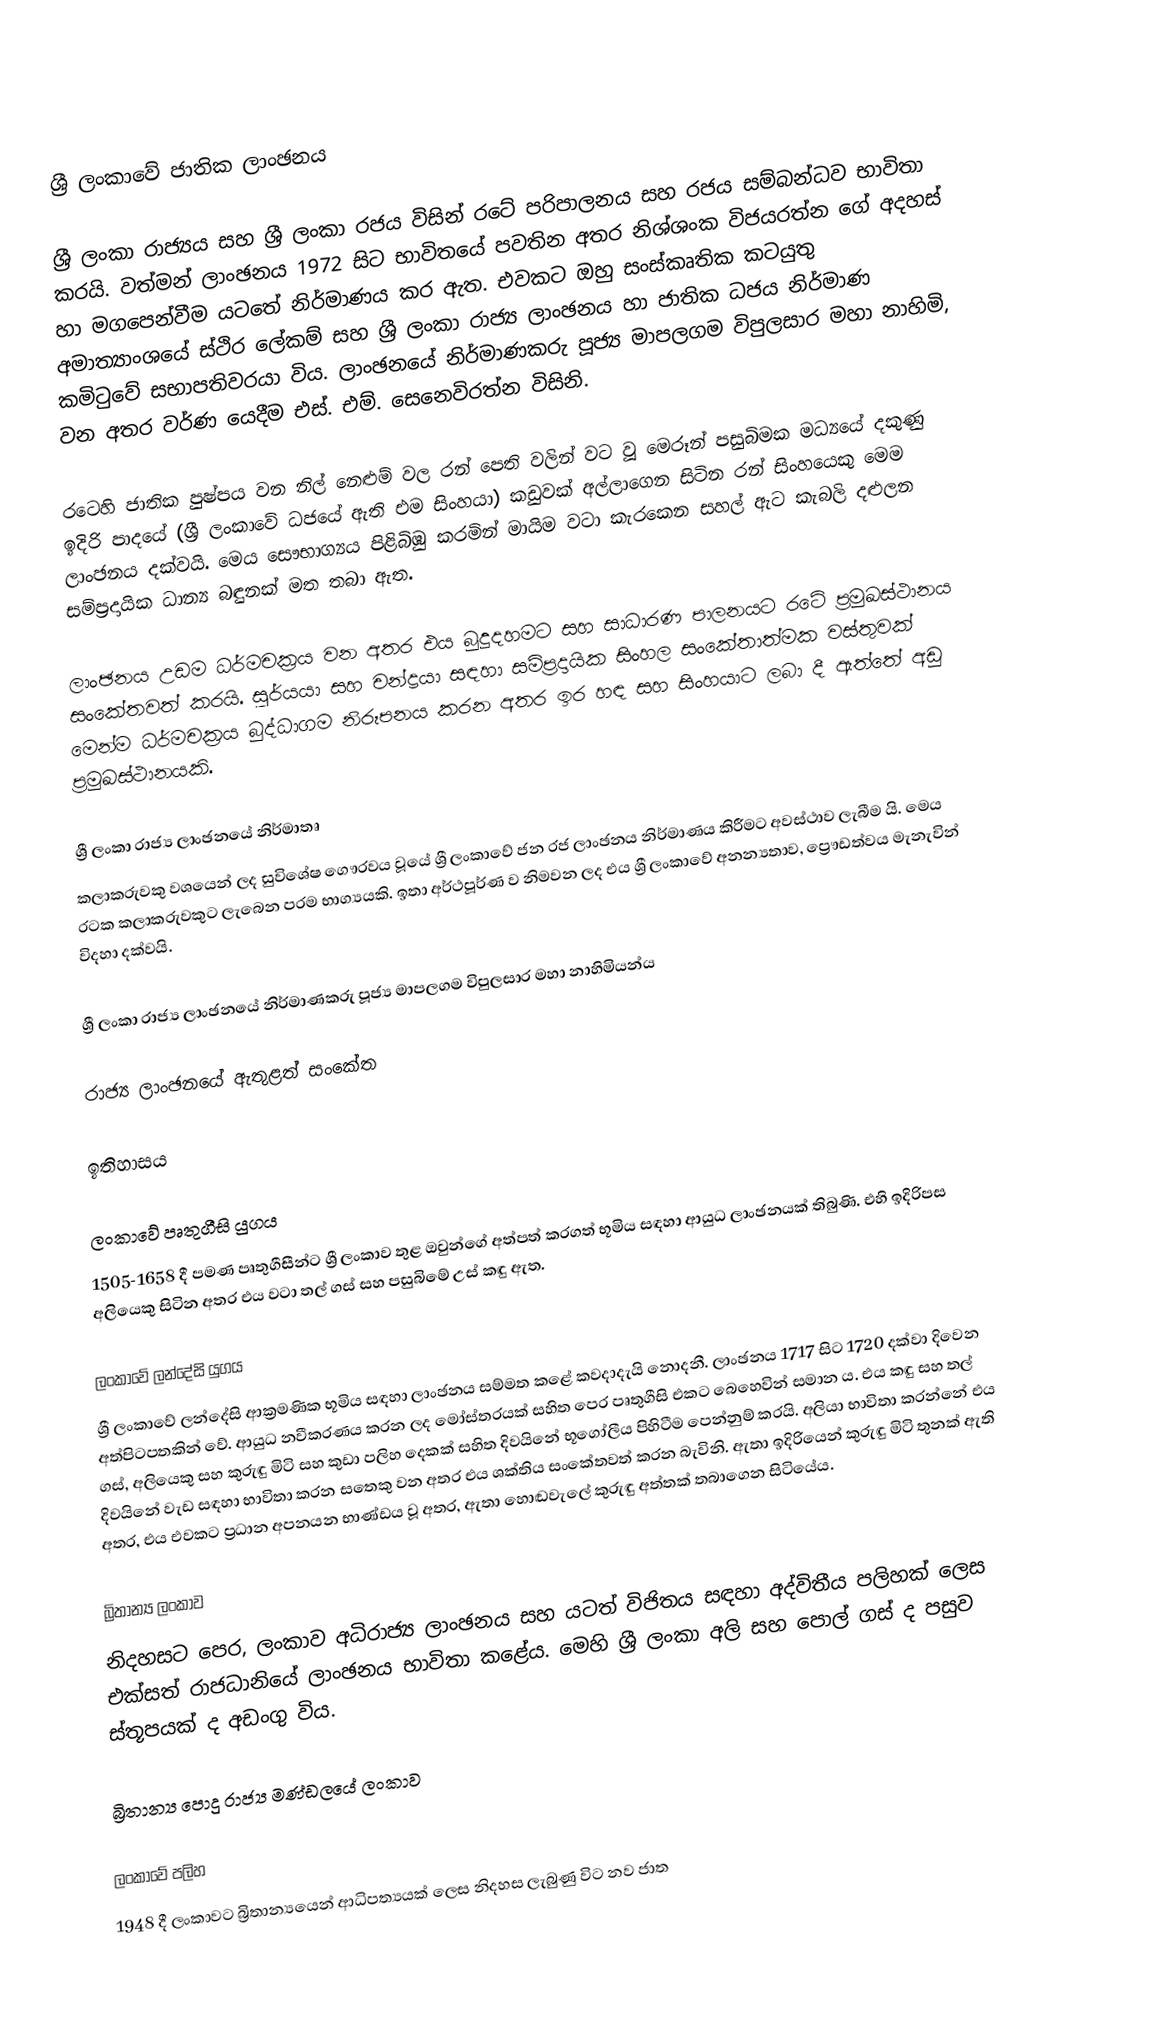

ශ්‍රී ලංකාවේ ජාතික ලාංඡනය

ශ්‍රී ලංකා රාජ්‍යය සහ ශ්‍රී ලංකා රජය විසින් රටේ පරිපාලනය සහ රජය සම්බන්ධව භාවිතා කරයි. වත්මන් ලාංඡනය 1972 සිට භාවිතයේ පවතින අතර නිශ්ශංක විජයරත්න ගේ අදහස් හා මගපෙන්වීම යටතේ නිර්මාණය කර ඇත. එවකට ඔහු සංස්කෘතික කටයුතු අමාත්‍යාංශයේ ස්ථිර ලේකම් සහ ශ්‍රී ලංකා රාජ්‍ය ලාංඡනය හා ජාතික ධජය නිර්මාණ කමිටුවේ සභාපතිවරයා විය. ලාංඡනයේ නිර්මාණකරු පූජ්‍ය මාපලගම විපුලසාර මහා නාහිමි, වන අතර වර්ණ යෙදීම එස්. එම්. සෙනෙවිරත්න විසිනි.

රටෙහි ජාතික පුෂ්පය වන නිල් නෙළුම් වල රන් පෙති වලින් වට වූ මෙරූන් පසුබිමක මධ්‍යයේ දකුණු ඉදිරි පාදයේ (ශ්‍රී ලංකාවේ ධජයේ ඇති එම සිංහයා) කඩුවක් අල්ලාගෙන සිටින රන් සිංහයෙකු මෙම ලාංඡනය දක්වයි. මෙය සෞභාග්‍යය පිළිබිඹු කරමින් මායිම වටා කැරකෙන සහල් ඇට කැබලි දළුලන සම්ප්‍රදායික ධාන්‍ය බඳුනක් මත තබා ඇත.

ලාංඡනය උඩම ධර්මචක්‍රය වන අතර එය බුදුදහමට සහ සාධාරණ පාලනයට රටේ ප්‍රමුඛස්ථානය සංකේතවත් කරයි. සූර්යයා සහ චන්ද්‍රයා සඳහා සම්ප්‍රදායික සිංහල සංකේතාත්මක වස්තුවක් මෙන්ම ධර්මචක්‍රය බුද්ධාගම නිරූපනය කරන අතර ඉර හඳ සහ සිංහයාට ලබා දී ඇත්තේ අඩු ප්‍රමුඛස්ථානයකි.

ශ්‍රී  ලංකා රාජ්‍ය ලාංඡනයේ නිර්මාතෘ
කලාකරුවකු වශයෙන් ලද සුවිශේෂ ගෞරවය වූයේ ශ්‍රී ලංකාවේ ජන රජ ලාංඡනය නිර්මාණය කිරීමට අවස්ථාව ලැබීම යි. මෙය රටක කලාකරුවකුට ලැබෙන පරම භාග්‍යයකි. ඉතා අර්ථපූර්ණ ව නිමවන ලද එය ශ්‍රී ලංකාවේ අනන්‍යතාව, ප්‍රෞඩත්වය මැනැවින් විදහා දක්වයි.

ශ්‍රී  ලංකා රාජ්‍ය ලාංඡනයේ නිර්මාණකරු පූජ්‍ය මාපලගම විපුලසාර මහා නාහිමියන්ය

රාජ්‍ය ලාංඡනයේ ඇතුළත් සංකේත

ඉතිහාසය

ලංකාවේ පෘතුගීසි යුගය
1505-1658 දී පමණ පෘතුගීසීන්ට ශ්‍රී ලංකාව තුළ ඔවුන්ගේ අත්පත් කරගත් භූමිය සඳහා ආයුධ ලාංඡනයක් තිබුණි. එහි ඉදිරිපස අලියෙකු සිටින අතර එය වටා තල් ගස් සහ පසුබිමේ උස් කඳු ඇත.

ලංකාවේ ලන්දේසි යුගය
ශ්‍රී ලංකාවේ ලන්දේසි ආක්‍රමණික භූමිය සඳහා ලාංඡනය සම්මත කළේ කවදාදැයි නොදනී. ලාංඡනය 1717 සිට 1720 දක්වා දිවෙන අත්පිටපතකින් වේ. ආයුධ නවීකරණය කරන ලද මෝස්තරයක් සහිත පෙර පෘතුගීසි එකට බෙහෙවින් සමාන ය. එය කඳු සහ තල් ගස්, අලියෙකු සහ කුරුඳු මිටි සහ කුඩා පලිහ දෙකක් සහිත දිවයිනේ භූගෝලීය පිහිටීම පෙන්නුම් කරයි. අලියා භාවිතා කරන්නේ එය දිවයිනේ වැඩ සඳහා භාවිතා කරන සතෙකු වන අතර එය ශක්තිය සංකේතවත් කරන බැවිනි. ඇතා ඉදිරියෙන් කුරුඳු මිටි තුනක් ඇති අතර, එය එවකට ප්‍රධාන අපනයන භාණ්ඩය වූ අතර, ඇතා හොඬවැලේ කුරුඳු අත්තක් තබාගෙන සිටියේය.

බ්‍රිතාන්‍ය ලංකාව
නිදහසට පෙර, ලංකාව අධිරාජ්‍ය ලාංඡනය සහ යටත් විජිතය සඳහා අද්විතීය පලිහක් ලෙස එක්සත් රාජධානියේ ලාංඡනය භාවිතා කළේය. මෙහි ශ්‍රී ලංකා අලි සහ පොල් ගස් ද පසුව ස්තූපයක් ද අඩංගු විය.

බ්‍රිතාන්‍ය පොදු රාජ්‍ය මණ්ඩලයේ ලංකාව

ලංකාවේ පලිහ
1948 දී ලංකාවට බ්‍රිතාන්‍යයෙන් ආධිපත්‍යයක් ලෙස නිදහස ලැබුණු විට නව ජාත